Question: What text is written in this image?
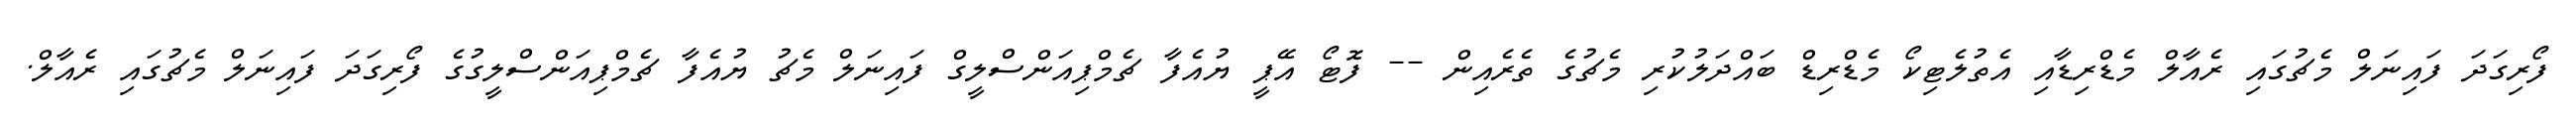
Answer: ފޯރިގަދަ ފައިނަލް މެޗުގައި ރެއާލް މެޑްރިޑާއި އެތުލެޓިކޯ މެޑްރިޑް ބައްދަލުކުރި މެޗުގެ ތެރެއިން -- ފޮޓޯ އޭޕީ ޔުއެފާ ޗެމްޕިއަންސްލީގް ފައިނަލް މެޗު ޔުއެފާ ޗެމްޕިއަންސްލީގުގެ ފޯރިގަދަ ފައިނަލް މެޗުގައި ރެއާލް.